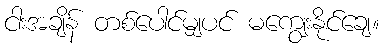
ငါးအချိန် တစ်ပေါင်မျှပင် မကျွေးနိုင်ချေ။